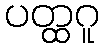
ပတ္ထဂူ